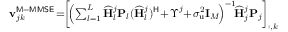
\begin{array} { r } { \mathbf { v } _ { j k } ^ { \mathsf { M - M M S E } } \! = \! \! \left[ \! \left( \sum _ { l = 1 } ^ { L } \widehat { \mathbf { H } } _ { l } ^ { j } \mathbf { P } _ { l } ( \widehat { \mathbf { H } } _ { l } ^ { j } ) ^ { \mathsf { H } } \! + \! \boldsymbol { \Upsilon } ^ { j } \! + \! \sigma _ { \mathrm { u } } ^ { 2 } \mathbf { I } _ { M } \! \right) ^ { - 1 } \! \! \widehat { \mathbf { H } } _ { j } ^ { j } \mathbf { P } _ { j } \right] _ { : , k } } \end{array}